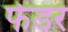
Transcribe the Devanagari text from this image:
फेडर